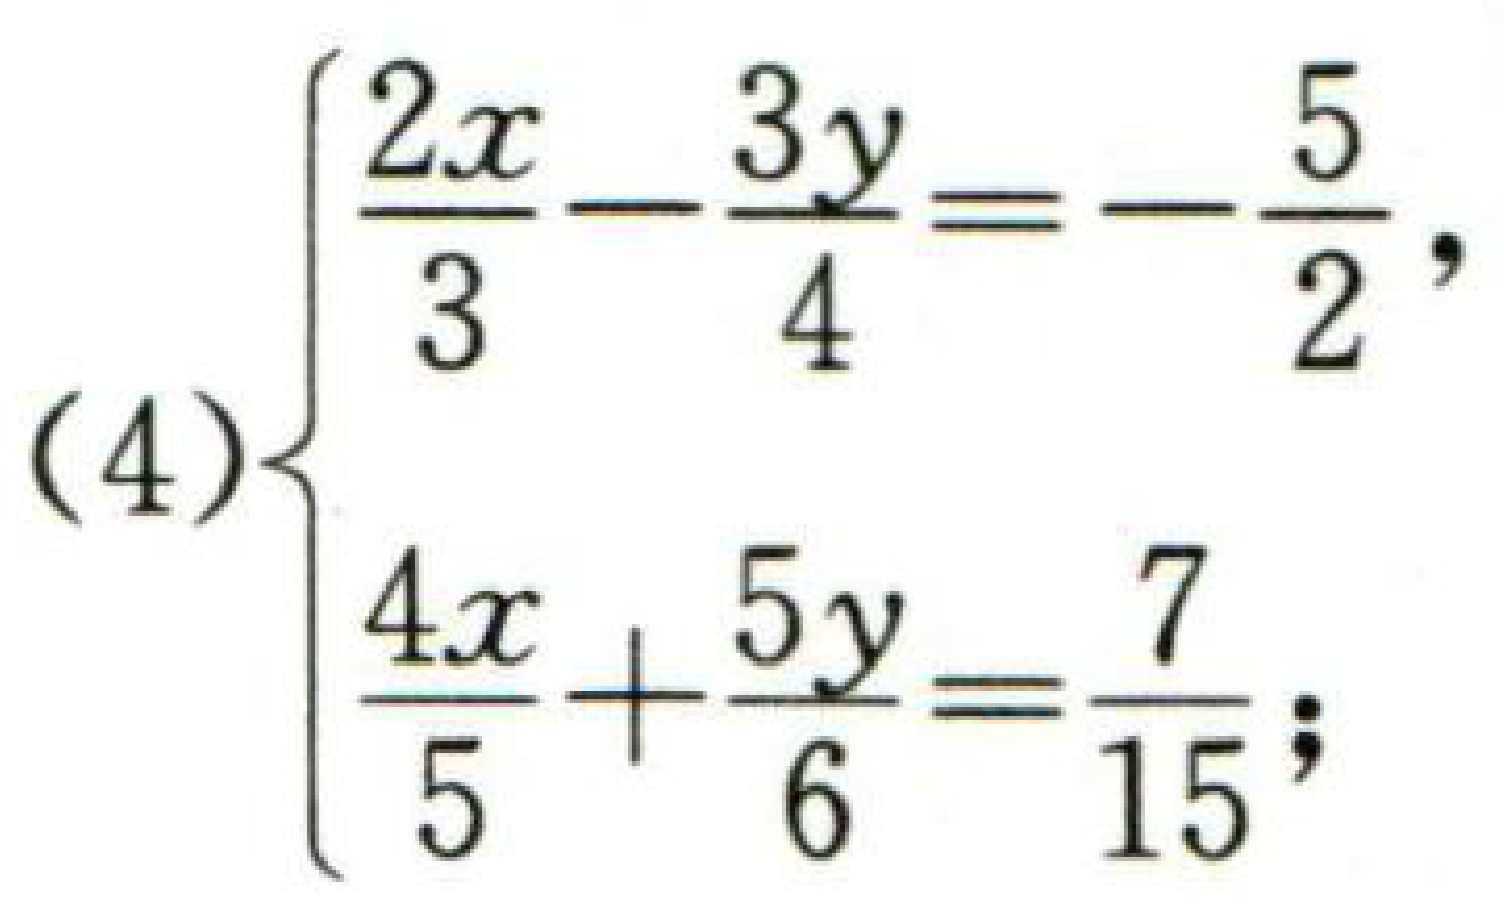
\((4)\begin{cases}\frac{2x}{3}-\frac{3y}{4}=-\frac{5}{2},\\\frac{4x}{5}+\frac{5y}{6}=\frac{7}{15};\end{cases}\)